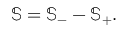
\mathbb { S } = \mathbb { S } _ { - } - \mathbb { S } _ { + } .